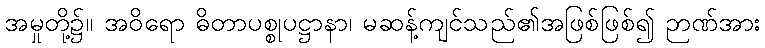
အမှုတို့၌။ အဝိရော ဓိတာပစ္စုပဋ္ဌာနာ၊ မဆန့်ကျင်သည်၏အဖြစ်ဖြစ်၍ ဉာဏ်အား